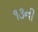
૧૩ની